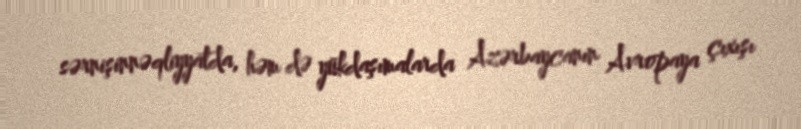
sərnişinnəqliyyatda, həm də yükdaşımalarda Azərbaycanın Avropaya çıxışı